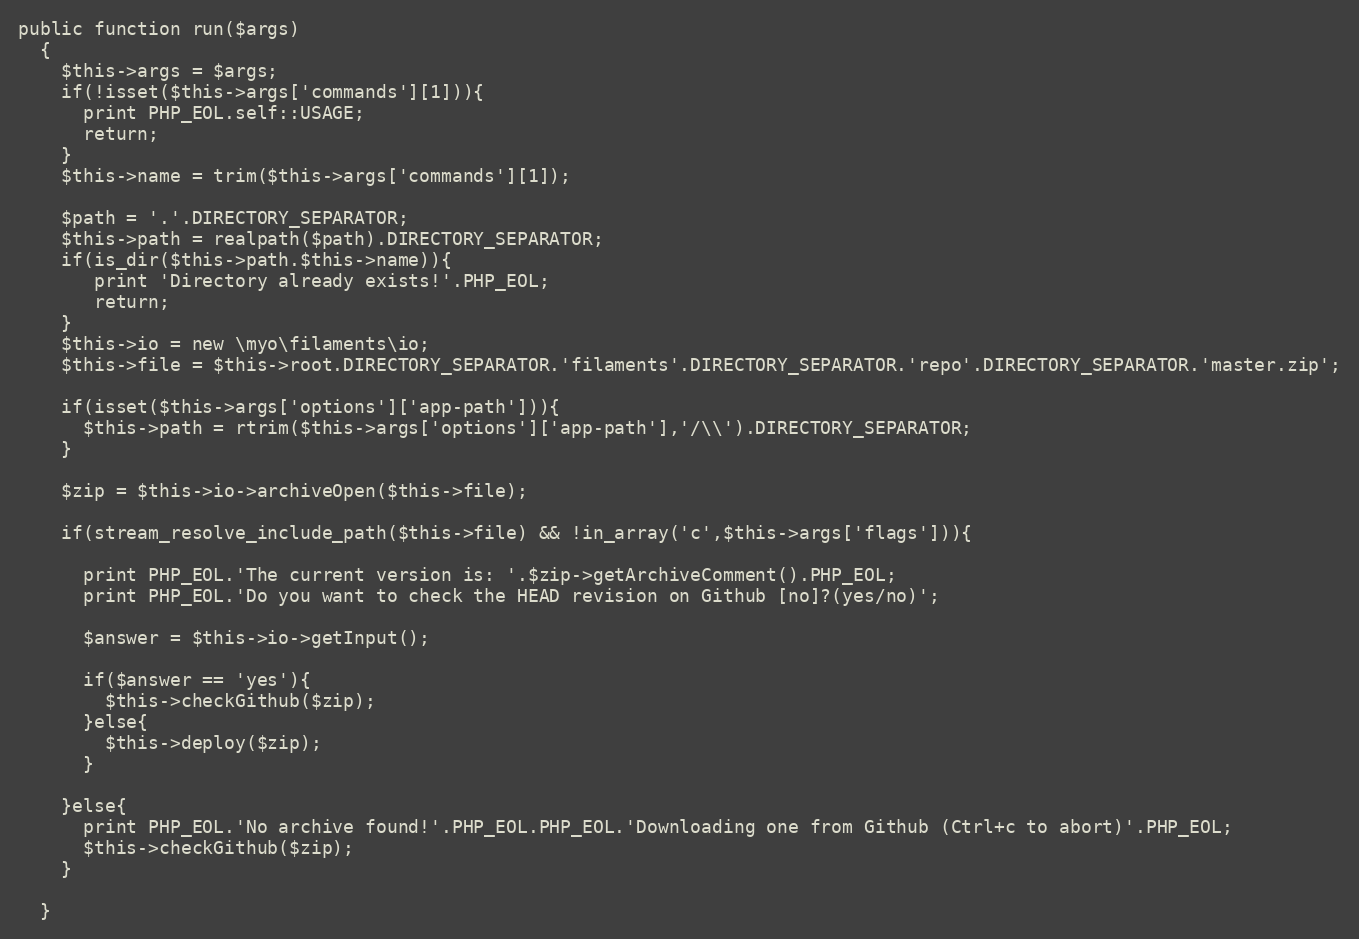
Language: PHP
public function run($args)
  {
    $this->args = $args;
    if(!isset($this->args['commands'][1])){
      print PHP_EOL.self::USAGE;
      return;
    }
    $this->name = trim($this->args['commands'][1]);

    $path = '.'.DIRECTORY_SEPARATOR;
    $this->path = realpath($path).DIRECTORY_SEPARATOR;
    if(is_dir($this->path.$this->name)){
       print 'Directory already exists!'.PHP_EOL;
       return;
    }
    $this->io = new \myo\filaments\io;
    $this->file = $this->root.DIRECTORY_SEPARATOR.'filaments'.DIRECTORY_SEPARATOR.'repo'.DIRECTORY_SEPARATOR.'master.zip';

    if(isset($this->args['options']['app-path'])){
      $this->path = rtrim($this->args['options']['app-path'],'/\\').DIRECTORY_SEPARATOR;
    }

    $zip = $this->io->archiveOpen($this->file);

    if(stream_resolve_include_path($this->file) && !in_array('c',$this->args['flags'])){

      print PHP_EOL.'The current version is: '.$zip->getArchiveComment().PHP_EOL;
      print PHP_EOL.'Do you want to check the HEAD revision on Github [no]?(yes/no)';

      $answer = $this->io->getInput();

      if($answer == 'yes'){
        $this->checkGithub($zip);
      }else{
        $this->deploy($zip);
      }

    }else{
      print PHP_EOL.'No archive found!'.PHP_EOL.PHP_EOL.'Downloading one from Github (Ctrl+c to abort)'.PHP_EOL;
      $this->checkGithub($zip);
    }

  }